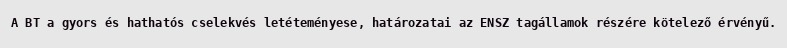
A BT a gyors és hathatós cselekvés letéteményese, határozatai az ENSZ tagállamok részére kötelező érvényű.